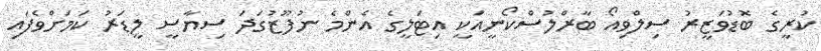
ކުރީގެ ބޮޑުވަޒީރު ސިލްވިއޯ ބާރްލުސްކޯނީއަކީ އިޓަލީގެ އެންމެ ނުފޫޒުގަދަ ސިޔާސީ ލީޑަރު ކަމަށްވެފައި